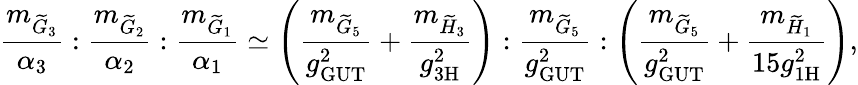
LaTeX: \frac{m_{\widetilde{G}_{3}}}{\alpha_{3}}:\frac{m_{\widetilde{G}_{2}}}{\alpha_{2}}:\frac{m_{\widetilde{G}_{1}}}{\alpha_{1}}\simeq\left(\frac{m_{\widetilde{G}_{5}}}{g_{\mathrm{GUT}}^{2}}+\frac{m_{\widetilde{H}_{3}}}{g_{\mathrm{3H}}^{2}}\right):\frac{m_{\widetilde{G}_{5}}}{g_{\mathrm{GUT}}^{2}}:\left(\frac{m_{\widetilde{G}_{5}}}{g_{\mathrm{GUT}}^{2}}+\frac{m_{\widetilde{H}_{1}}}{15g_{\mathrm{1H}}^{2}}\right),